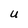
Character: U